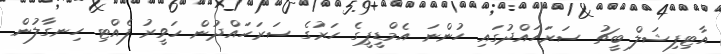
އާޓިފިޝަލް ބީޗު ސަރަހައްދުގައި ހުންނަ އެމްޑީޕީގެ ހަރުގެ ސަރަހައްދުން ހަވީރު ފެއްޓި ހިނގާލުން